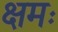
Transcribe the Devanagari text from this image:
क्षमः